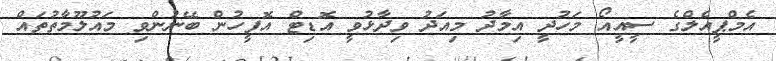
އެމްޕީއެލްގެ ސީއީއޯ މަހުދީ އިމާދު މިއަދު ވިދާޅުވީ އޮޑިޓް އޮފީހުން ބޭނުންވި މައުލޫމާތުތައް